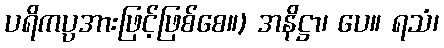
ပရိကပ္ပအားဖြင့်ဖြစ်စေ။) အနိဋ္ဌာ၊ ပေ။ ရသံ၊